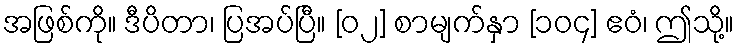
အဖြစ်ကို။ ဒီပိတာ၊ ပြအပ်ပြီ။ [၀၂] စာမျက်နှာ [၁၀၄] ဧဝံ၊ ဤသို့။